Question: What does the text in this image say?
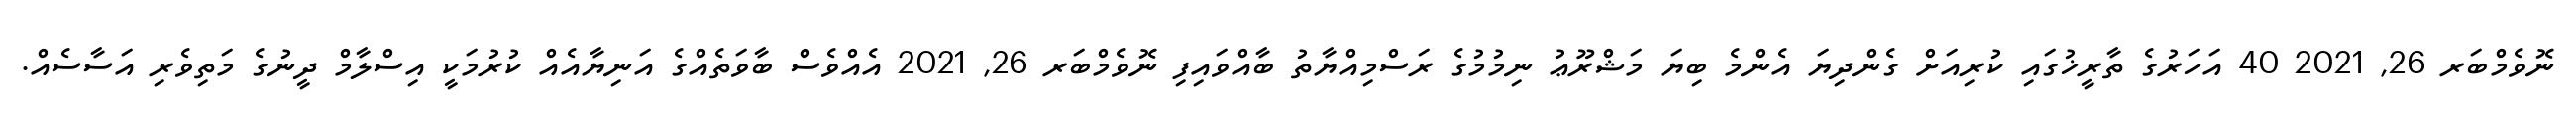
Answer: ނޮވެމްބަރ 26, 2021 40 އަހަރުގެ ތާރީޚުގައި ކުރިއަށް ގެންދިޔަ އެންމެ ބިޔަ މަޝްރޫޢު ނިމުމުގެ ރަސްމިއްޔާތު ބާއްވައިފި ނޮވެމްބަރ 26, 2021 އެއްވެސް ބާވަތެއްގެ އަނިޔާއެއް ކުރުމަކީ އިސްލާމް ދީނުގެ މަތިވެރި އަސާސެއް.